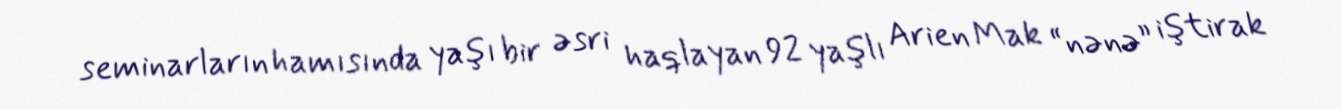
seminarların hamısında yaşı bir əsri haqlayan 92 yaşlı Arien Mak “nənə” iştirak